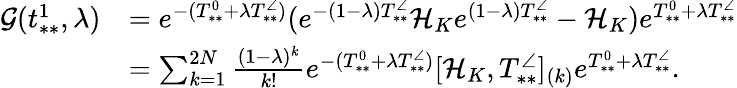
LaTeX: \begin{array}{rl}{\mathcal{G}(t_{**}^{1},\lambda)}&{=e^{-(T_{**}^{0}+\lambda T_{**}^{\angle})}(e^{-(1-\lambda)T_{**}^{\angle}}\mathcal{H}_{K}e^{(1-\lambda)T_{**}^{\angle}}-\mathcal{H}_{K})e^{T_{**}^{0}+\lambda T_{**}^{\angle}}}\\ &{=\sum_{k=1}^{2N}\frac{(1-\lambda)^{k}}{k!}e^{-(T_{**}^{0}+\lambda T_{**}^{\angle})}[\mathcal{H}_{K},T_{**}^{\angle}]_{(k)}e^{T_{**}^{0}+\lambda T_{**}^{\angle}}.}\end{array}